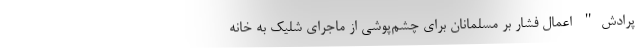
پرادش" اعمال فشار بر مسلمانان برای چشم‌پوشی از ماجرای شلیک به خانه